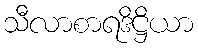
သီလာစာရဒိဋ္ဌိယာ